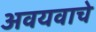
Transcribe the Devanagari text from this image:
अवयवाचे